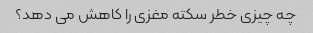
چه چیزی خطر سکته مغزی را کاهش می دهد؟